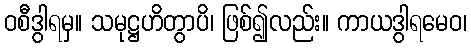
ဝစီဒွါရမှ။ သမုဋ္ဌဟိတွာပိ၊ ဖြစ်၍လည်း။ ကာယဒွါရမေဝ၊